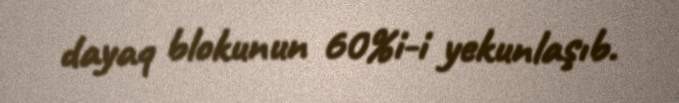
dayaq blokunun 60%i-i yekunlaşıb.